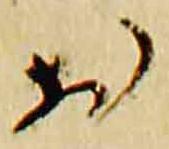
於